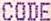
CODE